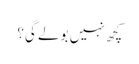
کچھ نہیں بولے گی؟